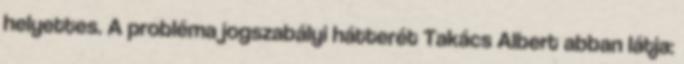
helyettes. A probléma jogszabályi hátterét Takács Albert abban látja: